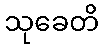
သုခေတိ